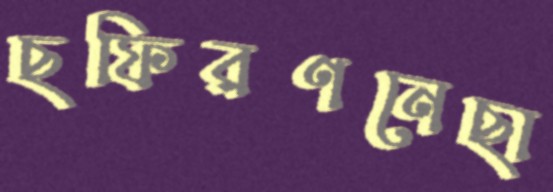
ছফিরণনেছা